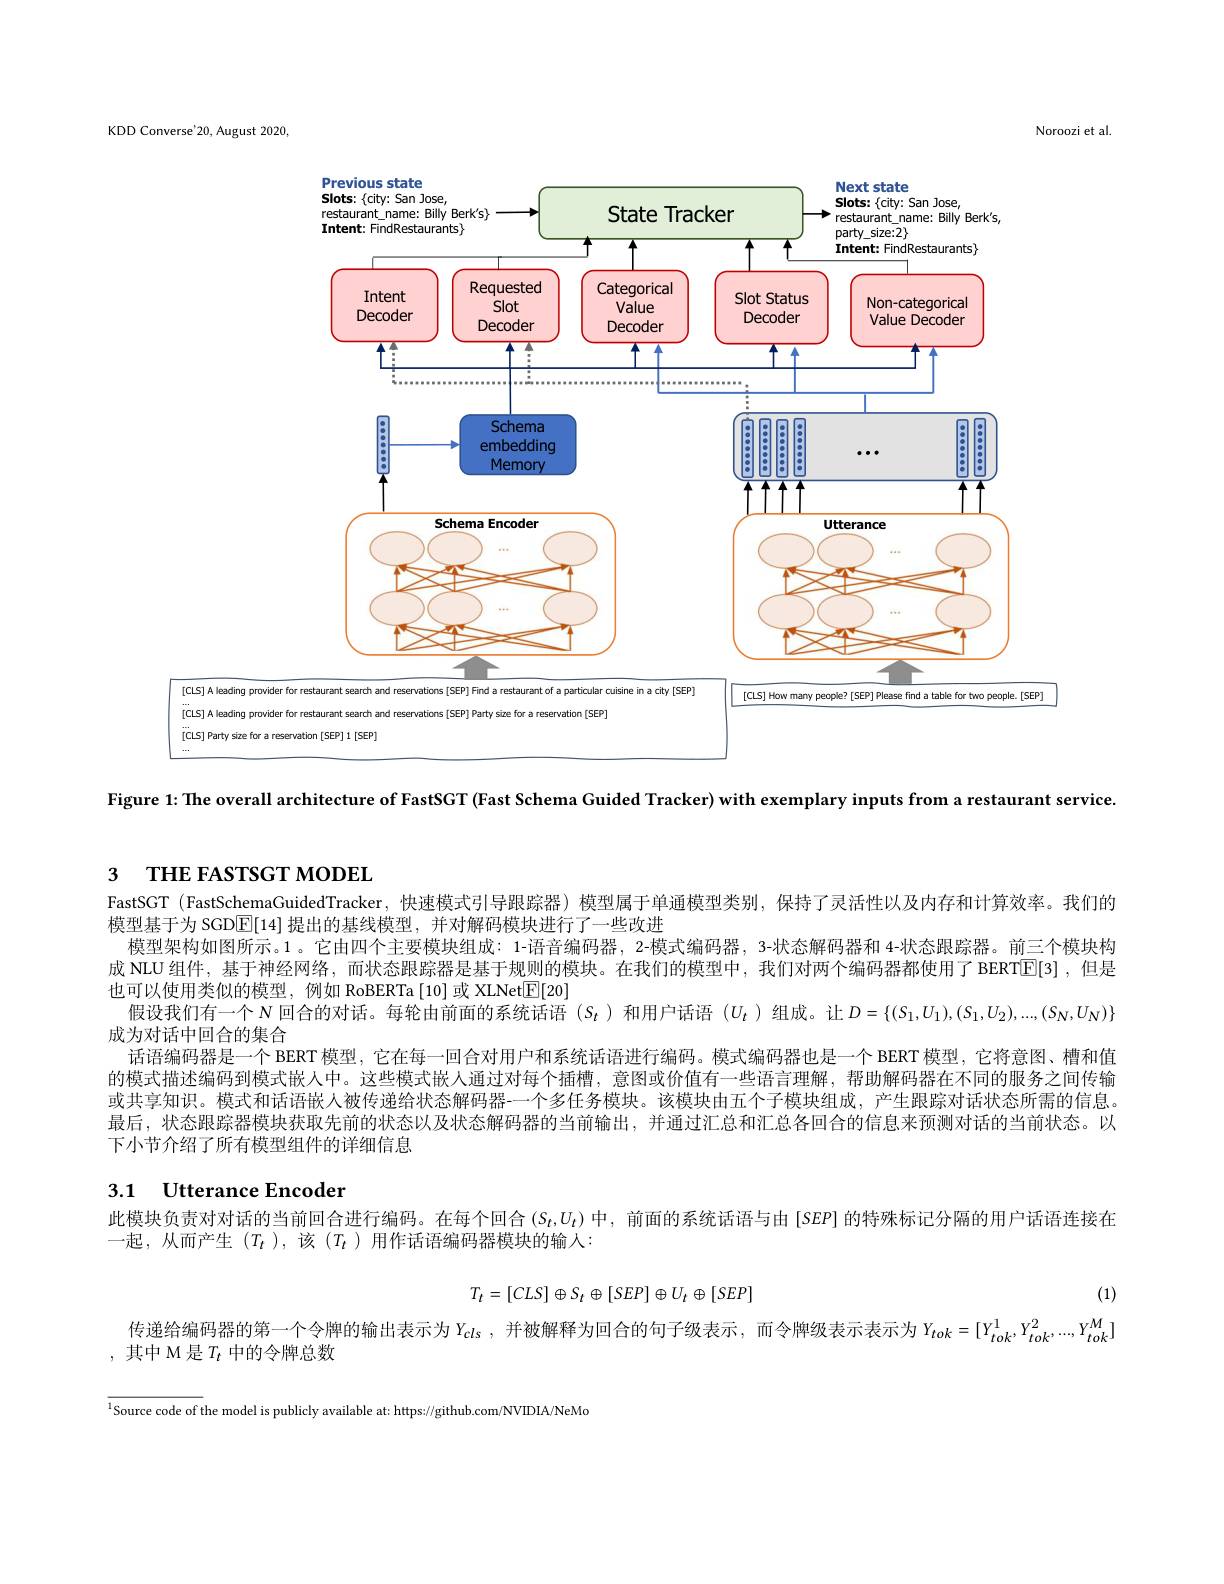
KDD Converse'20, August 2020,

Noroozi et al

<FigureHere>

[cLS] A leading provider

[CLS] A leading provider

[CLS] Party size for

Figure 1:The overall architecture of FastSGT (Fast Schema Guided Tracker) with exemplary inputs from a restaurant service

# 3 THE FASTSGT MODEI

假设我们有一个$N$回合的对话。每轮由前面的系统话语$(S_t$ )和用户话语$(U_t$ )组成。让$D=\{(S_1,U_1),(S_1,U_2),...,(S_N,U_N)\}$

FastSGT (FastSchemaGuidedTracker, 快速模式引导跟踪器) 模型属于单通模型类别，保持了灵活性以及内存和计算效率。我们的
模型基于为 SGD$\mathbb{E}[14]$提出的基线模型，并对解码模块进行了一些改进
模型架构如图所示。1 。它由四个主要模块组成：1-语音编码器，2-模式编码器，3-状态解码器和 4-状态跟踪器。前三个模块构成 NLU 组件，基于神经网络，而状态跟踪器是基于规则的模块。在我们的模型中，我们对两个编码器都使用了BERTE[3],但是也可以使用类似的模型，例如 RoBERTa [10] 或 XLNet$\boxed{\mathrm{E}}[20]$
成为对话中回合的集合
话语编码器是一个 BERT 模型，它在每一回合对用户和系统话语进行编码。模式编码器也是一个 BERT 模型，它将意图、槽和值的模式描述编码到模式嵌人中。这些模式嵌人通过对每个插槽，意图或价值有一些语言理解，帮助解码器在不同的服务之间传输或共享知识。模式和话语嵌人被传递给状态解码器-一个多任务模块。该模块由五个子模块组成，产生跟踪对话状态所需的信息。最后，状态跟踪器模块获取先前的状态以及状态解码器的当前输出，并通过汇总和汇总各回合的信息来预测对话的当前状态。以下小节介绍了所有模型组件的详细信息

## 3.1 Utterance Encoder

此模块负责对对话的当前回合进行编码。在每个回合$(S_t,U_t)$中，前面的系统话语与由 [SEP] 的特殊标记分隔的用户话语连接在
一起，从而产生($T_t$ ),该($T_t$ )用作话语编码器模块的输人：
$$T_t=[CLS]\oplus S_t\oplus[SEP]\oplus U_t\oplus[SEP]$$
(1)

传递给编码器的第一个令牌的输出表示为$Y_{cls}$ ,并被解释为回合的句子级表示，而令牌级表示表示为$Y_{tok}=[Y_{tok}^1,Y_{tok}^2,\ldots,Y_{tok}^M]$

,其中 M 是$T_t$中的令牌总数

$^{1}$Source code of the model is publicly available at: https://github.com/NVIDIA/NeMd